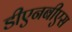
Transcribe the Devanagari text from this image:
डीएनबीएस